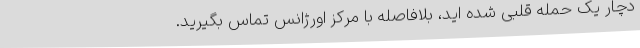
دچار یک حمله قلبی شده اید، بلافاصله با مرکز اورژانس تماس بگیرید.